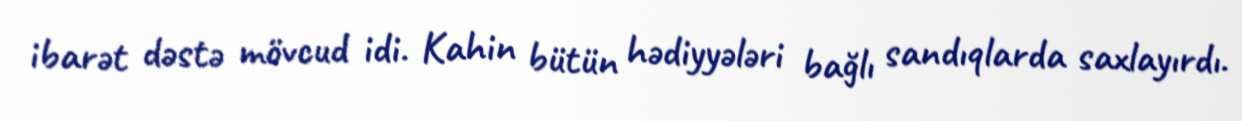
ibarət dəstə mövcud idi. Kahin bütün hədiyyələri bağlı sandıqlarda saxlayırdı.